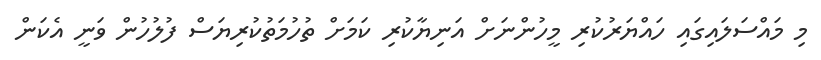
މި މައްސަލައިގައި ހައްޔަރުކުރި މީހުންނަށް އަނިޔާކުރި ކަމަށް ތުހުމަތުކުރިޔަސް ފުލުހުން ވަނީ އެކަން